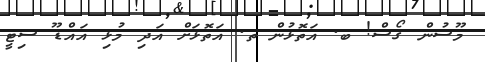
މޫސުން ގޯސް! ބ. އަތޮޅުން ތ. އަތޮޅަށް އަދި މުޅި އައްޑޫ ސިޓީ